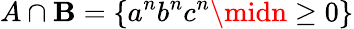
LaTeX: A\cap\mathbf{B}=\{ a^{n}b^{n}c^{n}\midn\geq0\}